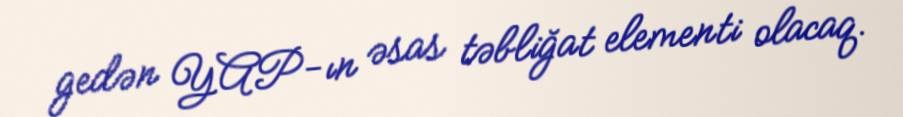
gedən YAP-ın əsas təbliğat elementi olacaq.